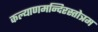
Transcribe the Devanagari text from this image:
कल्याणमन्दिरस्तोत्रम